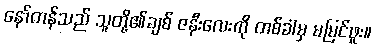
နော်တန်သည် သူတို့၏ချစ် ဇနီးလေးကို တစ်ခါမှ မမြင်ဖူး။